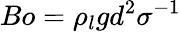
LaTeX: Bo=\rho_{l}gd^{2}\sigma^{-1}